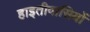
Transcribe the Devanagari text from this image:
हाइतीवासियों